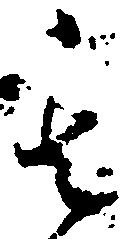
其